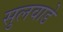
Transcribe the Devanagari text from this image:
सुलवाडे